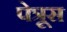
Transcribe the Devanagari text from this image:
पेत्रूस